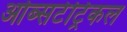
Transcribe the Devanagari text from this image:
ओब्सटेट्रिकल